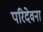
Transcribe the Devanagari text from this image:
परिदेवना